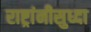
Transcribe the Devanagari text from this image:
राष्ट्रांनीसुध्दा